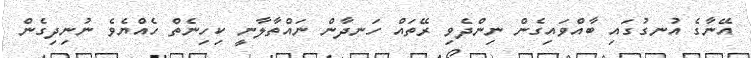
އޭނާގެ އުނގުގައި ބާއްވައިގެން ނިންދެވި ރޭތައް ހަނދާން ނައްތާލާނީ ކިހިނެތް ހެއްޔެވެ ނުނިދިގެން